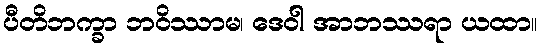
ပီတိဘက္ခာ ဘဝိဿာမ၊ ဒေဝါ အာဘဿရာ ယထာ။